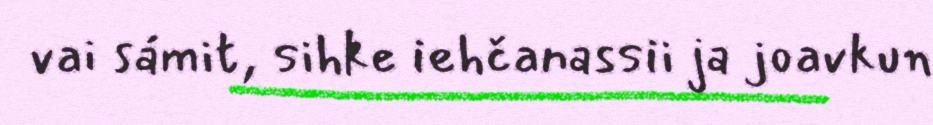
vai sámit, sihke iehčanassii ja joavkun